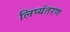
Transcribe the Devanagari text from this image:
लिप्‍यंतरण